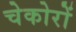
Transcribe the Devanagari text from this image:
चेकोरों